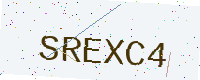
Text: SREXC4